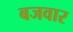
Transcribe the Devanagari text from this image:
बजवार